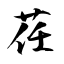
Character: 荏